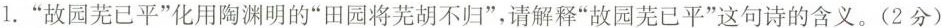
1.”故园芜已平”化用陶渊明的”田园将芜胡不归”，请解释”故园芜已平”这句诗的含义。(2分)